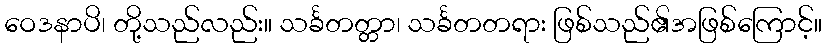
ဝေဒနာပိ၊ တို့သည်လည်း။ သင်္ခတတ္တာ၊ သင်္ခတတရား ဖြစ်သည်၏အဖြစ်ကြောင့်။